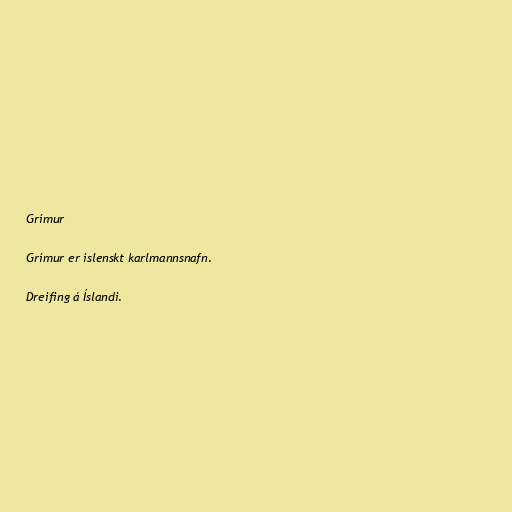
Grímur

Grímur er íslenskt karlmannsnafn.

Dreifing á Íslandi.